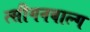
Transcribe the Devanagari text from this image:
त्सीगनबाल्ग